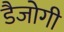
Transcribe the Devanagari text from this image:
डैजोगी